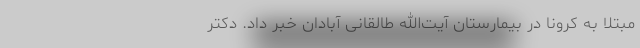
مبتلا به کرونا در بیمارستان آیت‌الله طالقانی آبادان خبر داد. دکتر